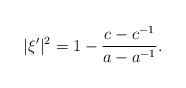
LaTeX: \begin{align*}|\xi'|^{2}=1-\frac{c-c^{-1}}{a-a^{-1}}.\end{align*}